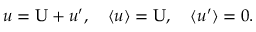
\boldsymbol { u } = \boldsymbol { \mathrm { U } } + \boldsymbol { u ^ { \prime } } , \quad \langle \boldsymbol { u } \rangle = \boldsymbol { \mathrm { U } } , \quad \langle \boldsymbol { u } ^ { \prime } \rangle = 0 .